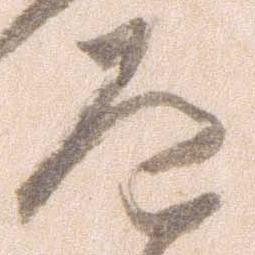
道